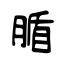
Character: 腯